Report of the Indian Hemp Drugs Commission, 1894-1895 - Volume VIII
Year: 1894
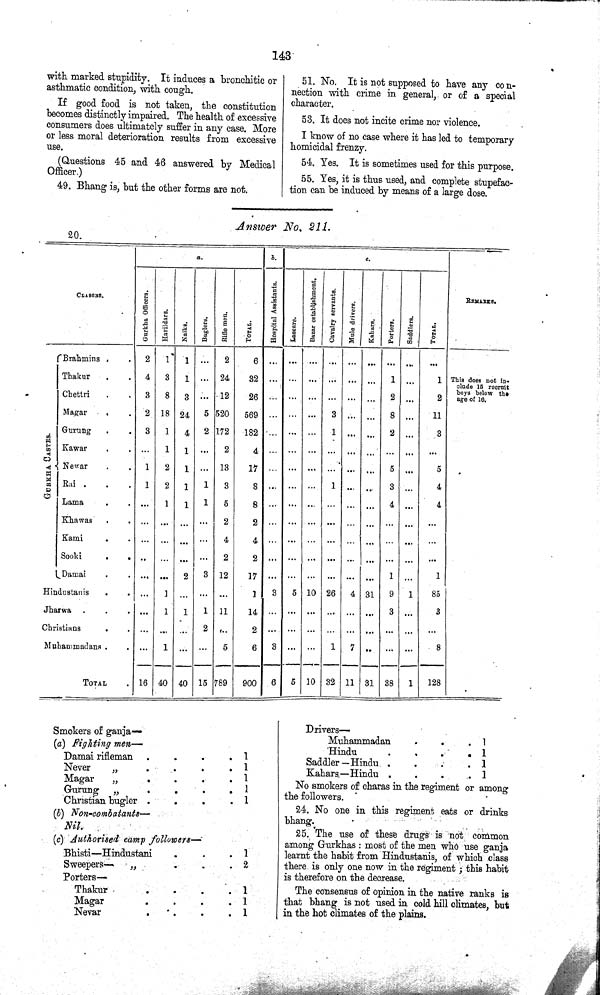
143
with marked stupidity. It induces a bronchitic or
asthmatic condition, with cough.
If good food is not taken, the constitution
becomes distinctly impaired. The health of excessive
consumers does ultimately suffer in any case. More
or less moral deterioration results from excessive
use.
(Questions 45 and 46 answered by Medical
Officer.)
49. Bhang is, but the other forms are not.
51. No. It is not supposed to have any con¬
nection with crime in general, or of a special
character.
53. It does not incite crime nor violence.
I know of no case where it has led to temporary
homicidal frenzy.
54. Yes. It is sometimes used for this purpose.
55. Yes, it is thus used, and complete stupefac¬
tion can be induced by means of a large dose.
Answer No. 211.
20.
a.
b.
c.
CLASSES.
Gurakha
Officers.
Havildars. Naiks.
Buglers. Rifle men. TOTAL. Hospital Assistants.
Lascars. Bazar establishment.
Cavalry servants.
Mule drivers.
Kahars.
Porters. Saddlers. TOTAL.
REMARKS.
Brahmins
2
1 1
2
6
Thakur
4 3 1
24
32
1
1
This does not in-
clude 15 recruit
boys below the
age of 16.
Chettri
3 8 3
12
26
2
2
This does not in-
clude 15 recruit
boys below the
age of 16.
Magar
2 18 24 5 520 569
3
8
11
GURKHA CASTES.
Gurung
3
1 4 2 172 182
1
2
3
GURKHA CASTES.
Kawar
1 1
2
4
GURKHA CASTES.
Newar
1 2 1
13
17
5
5
GURKHA CASTES.
Rai
1 2 1 1 3
8
1
3
4
GURKHA CASTES.
Lama
1 1 1 5
8
4
4
Khawas
2
2
Kami
4
4
Sooki
2 2
Damai
2 3 12
17
1
1
Hindustanis
1
1 3 5 10 26 4 31 9 1
85
Jharwa
1
1 1 11
14
3
3
Christians
2
2
Muhammadans
1
5
6 3
1
7
8
TOTAL
16 40 40 15 789 900 6 5 10 32 11 31 38 1
128
Smokers of ganja—
(a) Fighting men—
Damai rifleman
1
Never
"
1
Magar
"
1
Gurung "
1
Christian bugler
1
(b) Non-combatants—
Nil.
(c) Authorised camp followers—
Bhisti—Hindustani
1
Sweepers—
"
2
Porters —
Thakur
1
Magar
1
Nevar
1
Drivers—
Muhammadan
1
Hindu
1
Saddler—Hindu
1
Kahara—Hindu
1
No smokers of charas in the regiment or among
the followers.
24. No one in this regiment eats or drinks
bhang.
25. The use of these drugs is not common
among Gurkhas: most of the men who use ganja
learnt the habit from Hindustanis, of which class
there is only one now in the regiment; this habit
is therefore on the decrease.
The consensus of opinion in the native ranks is
that bhang is not used in cold hill climates, but
in the hot climates of the plains.